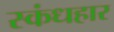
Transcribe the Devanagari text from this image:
स्कंधहार